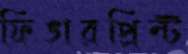
ফিঙারপ্রিন্ট